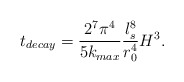
\begin{align*}t_{decay}=\frac{2^7 \pi^4}{5k_{max}}\frac{l_s^8}{r_0^4}H^3.\end{align*}